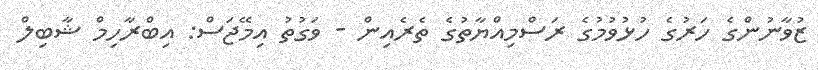
ޒުވާނުންގެ ހަރުގެ ހުޅުވުމުގެ ރަސްމިއްޔާތުގެ ތެރެއިން - ވަގުތު އިމޭޖަސް: އިބްރާހިމް ޝާބިލް